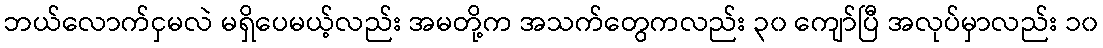
ဘယ်လောက်ငှမလဲ မရှိပေမယ့်လည်း အမတို့က အသက်တွေကလည်း ၃၀ ကျော်ပြီ အလုပ်မှာလည်း ၁၀